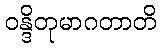
ဝန္ဒိတုမာဂတာတိ